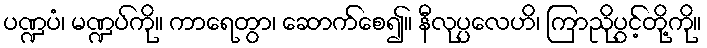
ပဏ္ဍပံ၊ မဏ္ဍပ်ကို။ ကာရေတွာ၊ ဆောက်စေ၍။ နီလုပ္ပလေဟိ၊ ကြာညိုပွင့်တို့ကို။